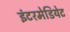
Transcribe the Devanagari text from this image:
इंटरमेडियेट